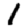
Digit: 1